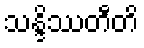
သန္ဒိဿတီတိ